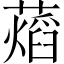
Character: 𧀜